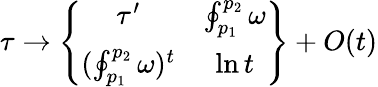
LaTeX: \tau\to\left\{ \begin{array}{cc}{{\tau^{\prime}}}&{{\oint_{p_{1}}^{p_{2}}\omega}}\\ {{(\oint_{p_{1}}^{p_{2}}\omega)^{t}}}&{{\ln t}}\end{array}\right\} +O(t)